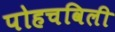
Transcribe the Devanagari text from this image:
पोहचविली